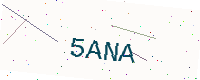
Text: 5ANA